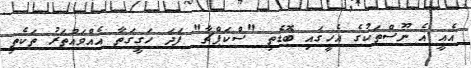
އެއީ އެ ނޫސްތަކުގެ އެހީގައި ބޮޑެތި "ސްކަޕްޗާ" ފަދަ ހަގީގަތާ އެއްވައްތަރު ތަކެތި